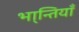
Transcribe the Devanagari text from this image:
भा्न्तियाँ